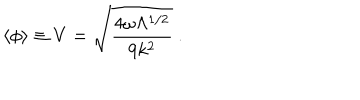
\langle \phi \rangle \equiv V = \sqrt { \frac { 4 \omega \Lambda ^ { 1 / 2 } } { 9 k ^ { 2 } } } ~ .